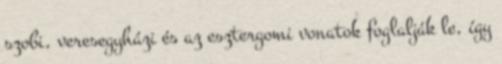
szobi, veresegyházi és az esztergomi vonatok foglalják le, így